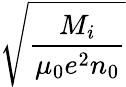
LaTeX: \sqrt{\frac{M_{i}}{\mu_{0}e^{2}n_{0}}}